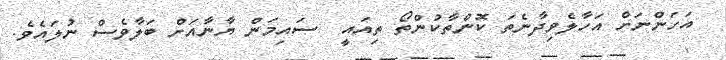
އަހަންނަށް އަހާލެވިދާނެތަ ކޮންތާކުންތޯ ތިއައީ  ސައިމަން ޔާނާއަށް ބަލާވެސް ނުލައެވެ.